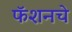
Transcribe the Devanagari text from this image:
फॅशनचे